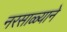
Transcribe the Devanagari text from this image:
नरसाळ्याने